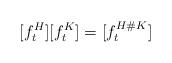
LaTeX: \begin{align*}\lbrack f_{t}^{H}][f_{t}^{K}]=[f_{t}^{H\#K}] \end{align*}